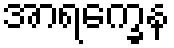
အာရက္ခေန